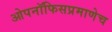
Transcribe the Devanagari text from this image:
ओपनॉफिसप्रमाणेच